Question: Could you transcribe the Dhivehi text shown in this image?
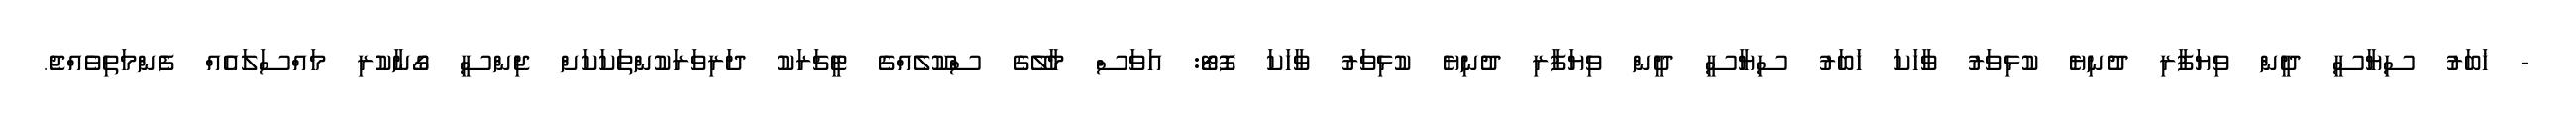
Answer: - ޚަބަރު ސިޔާސީ ދީން ވިޔަފާރި ދުނިޔެ ކުޅިވަރު ވާހަކަ ޚަބަރު ސިޔާސީ ދީން ވިޔަފާރި ދުނިޔެ ކުޅިވަރު ވާހަކަ ފޮޓޯ: އަވަސް މާލޭގެ ސްކޫލެއްގެ ޓީޗަރަކު ދަރިވަރަކުންތަކަކަށް ޖިންސީ ގޯނާކުރި މައްސަލައެއް ފެންމަތިވެއްޖެ.